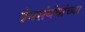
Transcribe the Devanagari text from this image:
प्रेमसंबंधांच्या